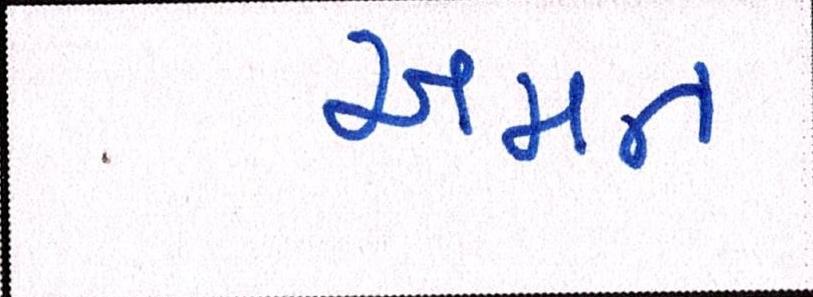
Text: અમન